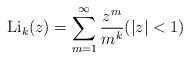
LaTeX: \begin{align*}{\rm Li}_{k}(z)=\sum_{m=1}^\infty \frac{z^m}{m^k}(|z|<1) \end{align*}